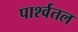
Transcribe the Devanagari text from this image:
पार्श्वतल